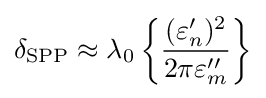
\delta _{\text{SPP}}\approx \lambda _{0}\left\{{\frac {(\varepsilon _{n}')^{2}}{2\pi \varepsilon _{m}''}}\right\}